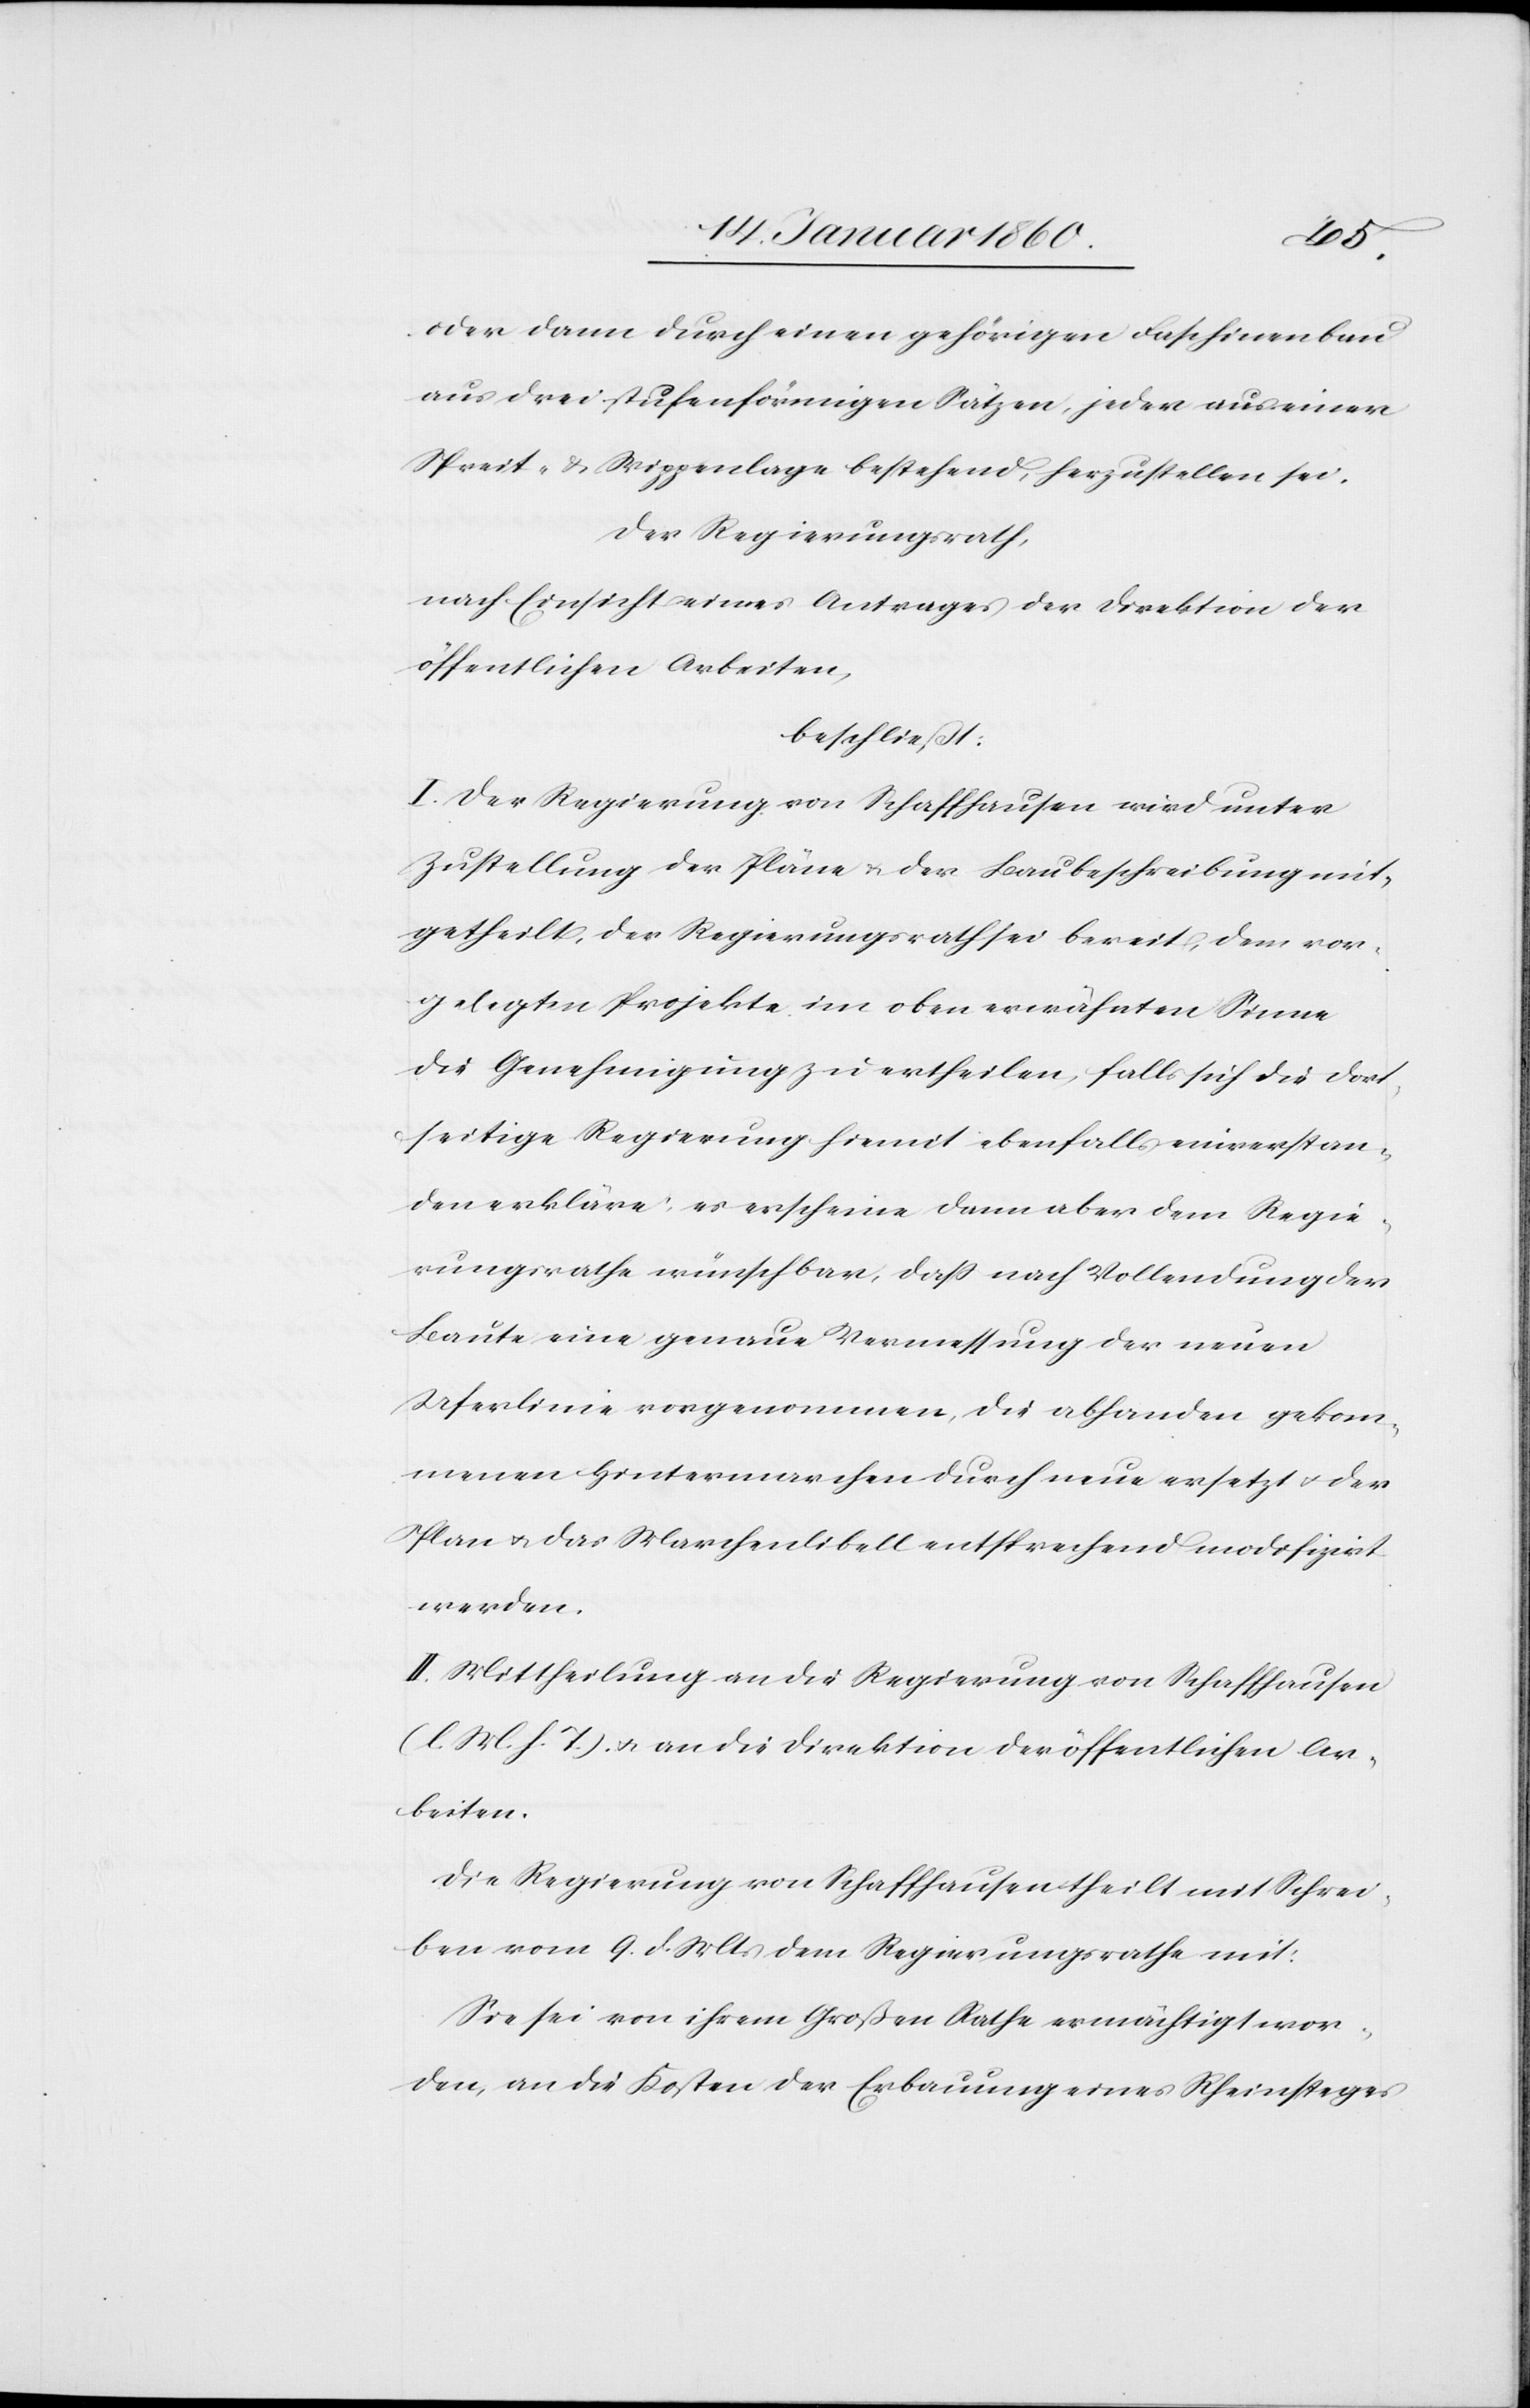
hlächt
oder dann durch einen gehörigen Faschinenbesc¬
aus drei stufenförmigen Sätzen, jeder aus einer
Spreit- u. Wippenlage bestehend, herzustellen sei.
der Regierungsrath,
nach Einsicht eines Antrages der Direktion der
öffentlichen Arbeiten,
beschließt:
I. Der Regierung von Schaffhausen wird unter
Zustellung der Pläne u. der Baubeschreibung mit¬
getheilt, der Regierungsrath sei bereit, dem vor¬
gelegten Projekte im oben erwähnten Sinne
die Genehmigung zu ertheilen, falls sich die dort¬
seitige Regierung hiemit ebenfalls einverstan¬
den erkläre, es erscheine dann aber dem Regie¬
rungsrathe wünschbar, daß nach Vollendung der
Baute eine genaue Vermessung der neuen
Uferlinie vorgenommen, die abhanden gekom¬
menen Hintermarchen durch neue ersetzt u. der
Plane u. das Marchenlibell entsprechend modivizirt
werden.
II. Mittheilung an die Regierung von Schaffhausen
[l. M. v. h. T] u. an die Direktion der öffentlichen Ar¬
beiten.
Die Regierung von Schaffhausen theilt mit Schrei¬
ben vom 9. d. Mts. dem Regierungsrathe mit:
Sie sei von ihrem Großen Rathe ermächtigt wor¬
den, an die Kosten der Erbauung eines Rheinsteges